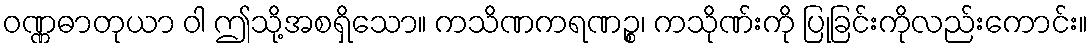
ဝဏ္ဏဓာတုယာ ဝါ ဤသို့အစရှိသော။ ကသိဏကရဏဉ္စ၊ ကသိုဏ်းကို ပြုခြင်းကိုလည်းကောင်း။